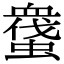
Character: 𧑬